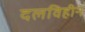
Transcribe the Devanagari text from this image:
दलविहीन